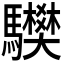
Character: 𩧅